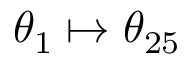
\theta _ { 1 } \mapsto \theta _ { 2 5 }